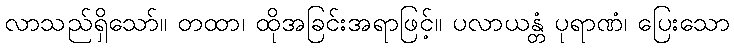
လာသည်ရှိသော်။ တထာ၊ ထိုအခြင်းအရာဖြင့်။ ပလာယန္တံ ပုရာဏံ၊ ပြေးသော